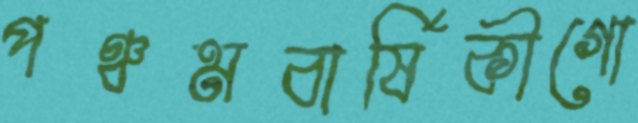
পঞ্চমবার্ষিকীগো